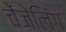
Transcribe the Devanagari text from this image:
चेंजेलिंग